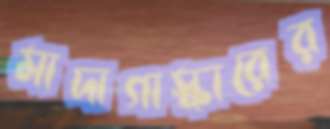
মাদাগাস্কারের